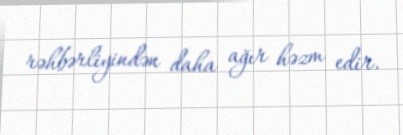
rəhbərliyindən daha ağır həzm edir.